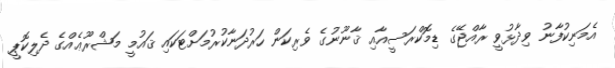
އެމަނިކުފާނު ވިދާޅުވީ ރާއްޖޭގެ ޑިމޮކްރަސީއާއި ޤާނޫނުގެ ވެރިކަން ހަރުދަނާކުރުމަށްޓަކައި ޤައުމީ މަޝްރޫޢެއްގެ ދެލިކޮޕީ